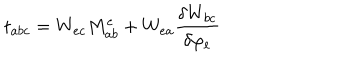
t _ { a b c } = W _ { e c } M _ { a b } ^ { e } + W _ { e a } \frac { \delta W _ { b c } } { \delta \varphi _ { e } }